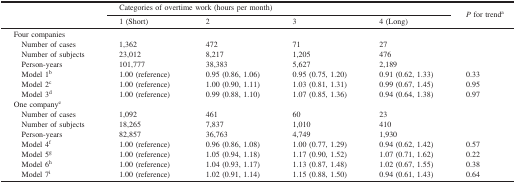
| <ROWSPAN=3>  | <COLSPAN=4> Categories of overtime work (hours per month) | <ROWSPAN=3> P for trenda |
 | 1 (Short) | 2 | 3 | 4 (Long) |
 | --- | --- | --- | --- | --- | --- |
 | <COLSPAN=6> Four companies |
 | Number of cases | 1,362 | 472 | 71 | 27 |  |
 | Number of subjects | 23,012 | 8,217 | 1,205 | 476 |  |
 | Person-years | 101,777 | 38,383 | 5,627 | 2,189 |  |
 | Model 1b | 1.00 (reference) | 0.95 (0.86, 1.06) | 0.95 (0.75, 1.20) | 0.91 (0.62, 1.33) | 0.33 |
 | Model 2c | 1.00 (reference) | 1.00 (0.90, 1.11) | 1.03 (0.81, 1.31) | 0.99 (0.67, 1.45) | 0.95 |
 | Model 3d | 1.00 (reference) | 0.99 (0.88, 1.10) | 1.07 (0.85, 1.36) | 0.94 (0.64, 1.38) | 0.97 |
 | <COLSPAN=6> One companye |
 | Number of cases | 1,092 | 461 | 60 | 23 |  |
 | Number of subjects | 18,265 | 7,837 | 1,010 | 410 |  |
 | Person-years | 82,857 | 36,763 | 4,749 | 1,930 |  |
 | Model 4f | 1.00 (reference) | 0.96 (0.86, 1.08) | 1.00 (0.77, 1.29) | 0.94 (0.62, 1.42) | 0.57 |
 | Model 5g | 1.00 (reference) | 1.05 (0.94, 1.18) | 1.17 (0.90, 1.52) | 1.07 (0.71, 1.62) | 0.22 |
 | Model 6h | 1.00 (reference) | 1.04 (0.93, 1.17) | 1.13 (0.87, 1.48) | 1.02 (0.67, 1.55) | 0.38 |
 | Model 7i | 1.00 (reference) | 1.02 (0.91, 1.14) | 1.15 (0.88, 1.50) | 0.94 (0.61, 1.43) | 0.64 |